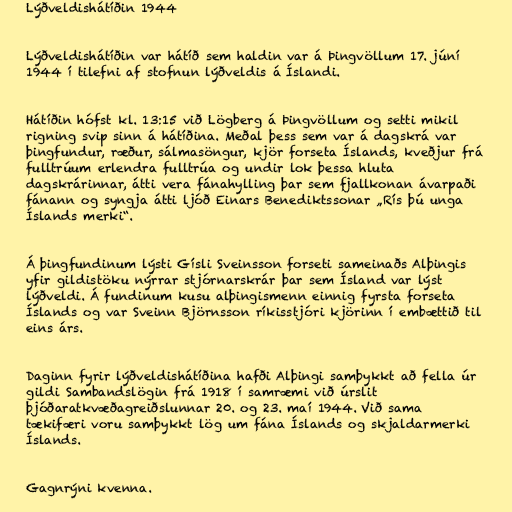
Lýðveldishátíðin 1944

Lýðveldishátíðin var hátíð sem haldin var á Þingvöllum 17. júní
1944 í tilefni af stofnun lýðveldis á Íslandi.

Hátíðin hófst kl. 13:15 við Lögberg á Þingvöllum og setti mikil
rigning svip sinn á hátíðina. Meðal þess sem var á dagskrá var
þingfundur, ræður, sálmasöngur, kjör forseta Íslands, kveðjur frá
fulltrúum erlendra fulltrúa og undir lok þessa hluta
dagskrárinnar, átti vera fánahylling þar sem fjallkonan ávarpaði
fánann og syngja átti ljóð Einars Benediktssonar „Rís þú unga
Íslands merki“.

Á þingfundinum lýsti Gísli Sveinsson forseti sameinaðs Alþingis
yfir gildistöku nýrrar stjórnarskrár þar sem Ísland var lýst
lýðveldi. Á fundinum kusu alþingismenn einnig fyrsta forseta
Íslands og var Sveinn Björnsson ríkisstjóri kjörinn í embættið til
eins árs.

Daginn fyrir lýðveldishátíðina hafði Alþingi samþykkt að fella úr
gildi Sambandslögin frá 1918 í samræmi við úrslit
þjóðaratkvæðagreiðslunnar 20. og 23. maí 1944. Við sama
tækifæri voru samþykkt lög um fána Íslands og skjaldarmerki
Íslands.

Gagnrýni kvenna.